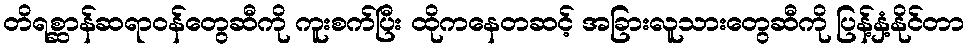
တိရစ္ဆာန်ဆရာဝန်တွေဆီကို ကူးစက်ပြီး ထိုကနေတဆင့် အခြားလူသားတွေဆီကို ပြန့်နှံ့နိုင်တာ